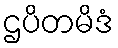
ဌပိတမိဒံ